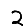
Digit: 2